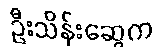
ဦးသိန်းဆွေက